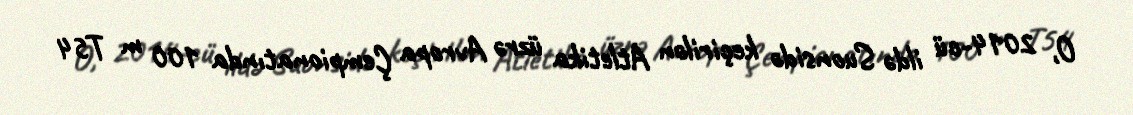
O, 2014-cü ildə Suonsidə keçirilən Atletika üzrə Avropa Çempionatında 100 m T54